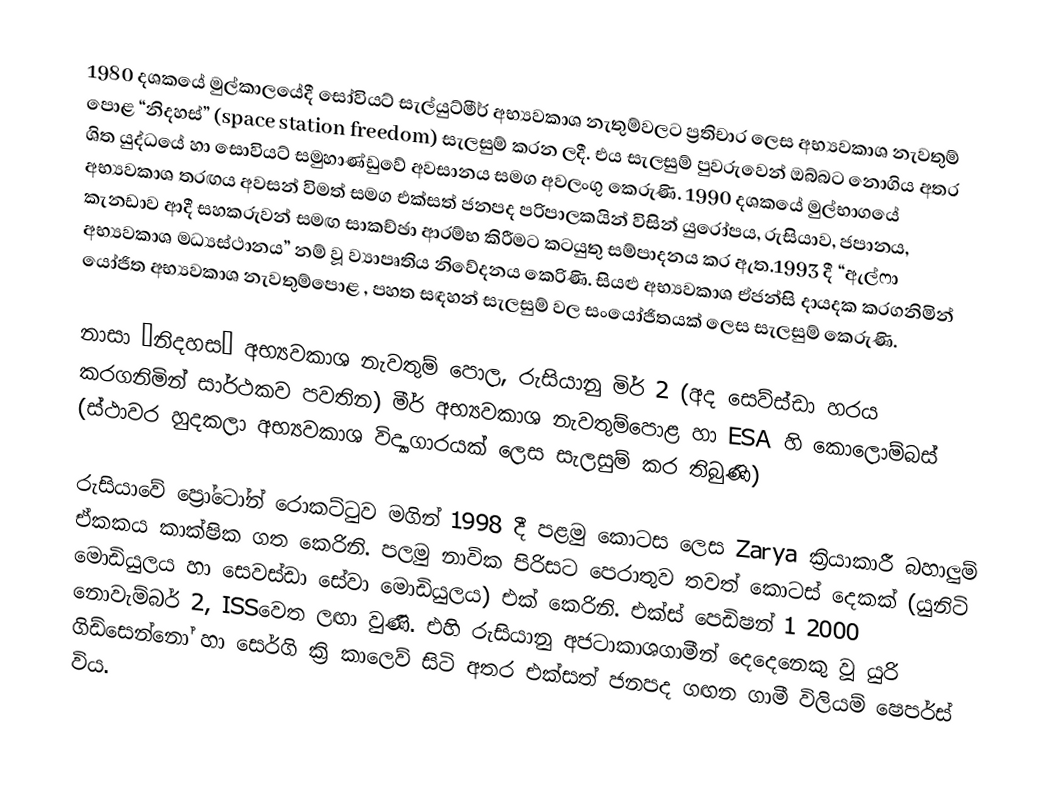
1980 දශකයේ මුල්කාලයේදී සෝවියට් සැල්යුට්මීර් අභ්‍යවකාශ නැතුම්වලට ප්‍රතිචාර ලෙස අභ්‍යවකාශ නැවතුම් පොළ “නිදහස්” (space station freedom) සැලසුම් කරන ලදී. එය සැලසුම්  පුවරුවෙන් ඔබ්බට නොගිය අතර ශිත යුද්ධයේ හා සොවියට් සමුහාණ්ඩුවේ අවසානය සමග අවලංගු කෙරුණි. 1990 දශකයේ මුල්භාගයේ අභ්‍යවකාශ තරඟය අවසන් විමත් සමග එක්සත් ජනපද පරිපාලකයින් විසින් යුරෝපය, රුසියාව, ජපානය, කැනඩාව ආදී සහකරුවන් සමඟ සාකච්ඡා ආරම්භ කිරීමට කටයුතු සම්පාදනය කර  ඇත.1993 දී “ඇල්ෆා අභ්‍යවකාශ මධ්‍යස්ථානය” නම් වූ ව්‍යාපෘතිය නිවේදනය කෙරිණි. සියළු අභ්‍යවකාශ ඒජන්සි දායදක කරගනිමින් යෝජිත  අභ්‍යවකාශ නැවතුම්පොළ , පහත සඳහන් සැලසුම් වල සංයෝජිතයක් ලෙස සැලසුම් කෙරුණි.

නාසා “නිදහස”  අභ්‍යවකාශ නැවතුම් පොල, රුසියානු මිර් 2 (අද සෙව්ස්ඩා හරය කරගනිමින් සාර්ථකව පවතින) මීර් අභ්‍යවකාශ නැවතුම්පොළ හා ESA හි කොලොම්බස් (ස්ථාවර හුදකලා අභ්‍යවකාශ විද්‍යාගාරයක් ලෙස සැලසුම් කර තිබුණි)

රුසියාවේ ප්‍රෝටෝන් රොකට්ටුව මගින් 1998 දී පළමු කොටස ලෙස Zarya ක්‍රියාකාරී බහාලුම් ඒකකය කාක්ෂික ගත කෙරිනි. පලමු නාවික පිරිසට පෙරාතුව තවත් කොටස් දෙකක් (යුනිටි මොඩියුලය හා සෙවස්ඩා සේවා මොඩියුලය) එක් කෙරිනි. එක්ස් ‍පෙඩිෂන් 1 2000 නොවැම්බර් 2, ISSවෙත ලඟා වුණි. එහි රුසියානු අජටාකාශගාමීන් දෙදෙනෙකු  වූ යුරි ගිඩ්සෙන්නෝ හා සෙර්ගි ක්‍රි කාලෙව් සිටි අතර එක්සත් ජනපද ගඟන ගාමී විලියම් ෂෙපර්ස් විය.